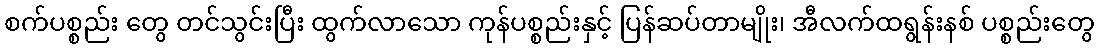
စက်ပစ္စည်း တွေ တင်သွင်းပြီး ထွက်လာသော ကုန်ပစ္စည်းနှင့် ပြန်ဆပ်တာမျိုး၊ အီလက်ထရွန်းနစ် ပစ္စည်းတွေ